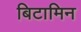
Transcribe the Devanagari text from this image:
बिटामिन